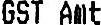
GST AMT